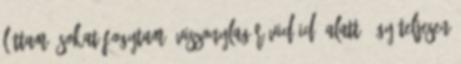
láttam: sokat fogytam, viszonylag rövid idő alatt, így teljesen